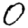
Digit: 0